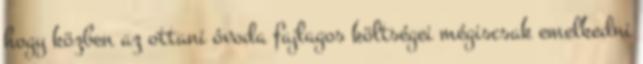
hogy közben az ottani óvoda fajlagos költségei mégiscsak emelkedni